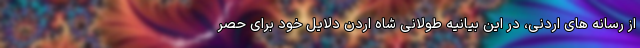
از رسانه های اردنی، در این بیانیه طولانی شاه اردن دلایل خود برای حصر